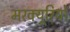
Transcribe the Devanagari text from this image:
मरक्यूरियो